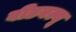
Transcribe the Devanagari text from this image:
वीडबल्यू